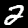
Label: 2